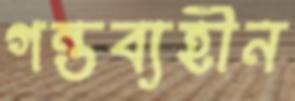
গন্তব্যহীন